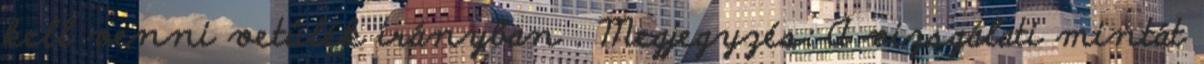
kell venni vetülék irányban . Megjegyzés: A vizsgálati mintát